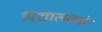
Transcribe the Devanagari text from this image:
विद्यालंकांर